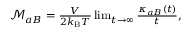
\begin{array} { r } { \mathcal { M } _ { a B } = \frac { V } { 2 k _ { \mathrm { B } } T } \operatorname* { l i m } _ { t \to \infty } \frac { \kappa _ { a B } ( t ) } { t } , } \end{array}